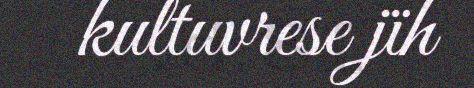
kultuvrese jïh